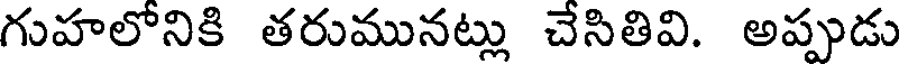
గుహలోనికి తరుమునట్లు చేసితివి. అప్పుడు